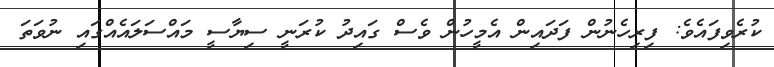
ކުރެވިފައެވެ: ފިރިހެނުން ފަދައިން އެމީހުން ވެސް ގައިދު ކުރަނީ ސިޔާސީ މައްސަލައެއްގައި ނުވަތަ